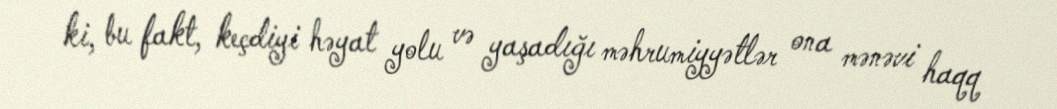
ki, bu fakt, keçdiyi həyat yolu və yaşadığı məhrumiyyətlər ona mənəvi haqq